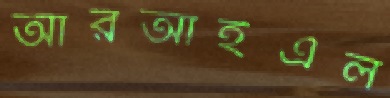
আরআইএল